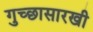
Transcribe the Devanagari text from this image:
गुच्छासारखी